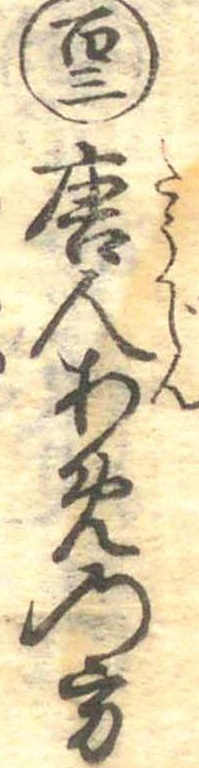
百三唐人あめの方